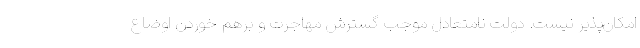
امكان‌پذير نيست. دولت نامتعادل موجب گسترش مهاجرت و برهم خوردن اوضاع